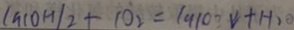
( a ( O H ) _ { 2 } + 1 0 _ { 2 } = 1 9 1 0 ^ { \circ } \downarrow + H _ { 2 } O